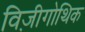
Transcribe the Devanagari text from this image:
विज़ीगोथिक